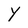
Character: Y